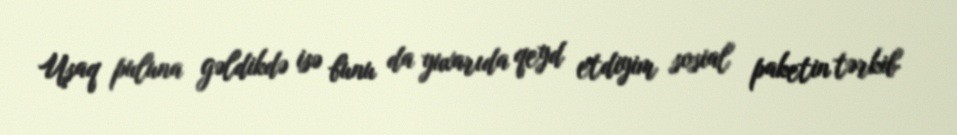
Uşaq puluna gəldikdə isə bunu da yuxarıda qeyd etdiyim sosial paketin tərkib